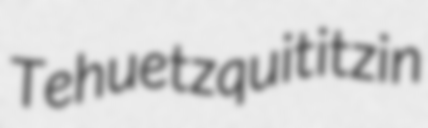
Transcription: Tehuetzquititzin